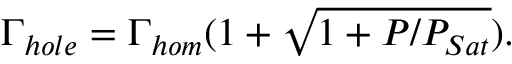
\Gamma _ { h o l e } = \Gamma _ { h o m } ( 1 + \sqrt { 1 + P / P _ { S a t } } ) .